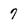
Character: 7